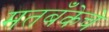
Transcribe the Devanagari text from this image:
मतबँकेचे